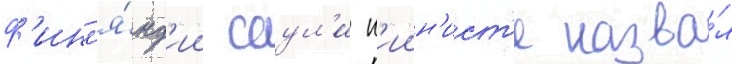
ф'инл'я́нд'ии саул'и н'иин'ист'е назва́л